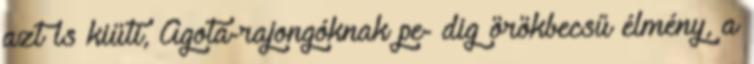
azt is kiüti, Agota-rajongóknak pe- dig örökbecsű élmény, a